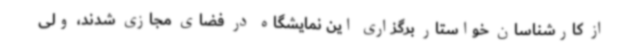
از کارشناسان خواستار برگزاری این نمایشگاه در فضای مجازی شدند، ولی